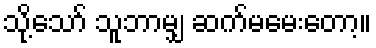
သို့သော် သူဘာမျှ ဆက်မမေးတော့။